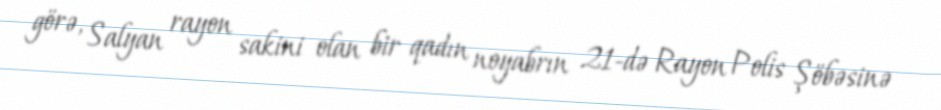
görə, Salyan rayon sakini olan bir qadın noyabrın 21-də Rayon Polis Şöbəsinə